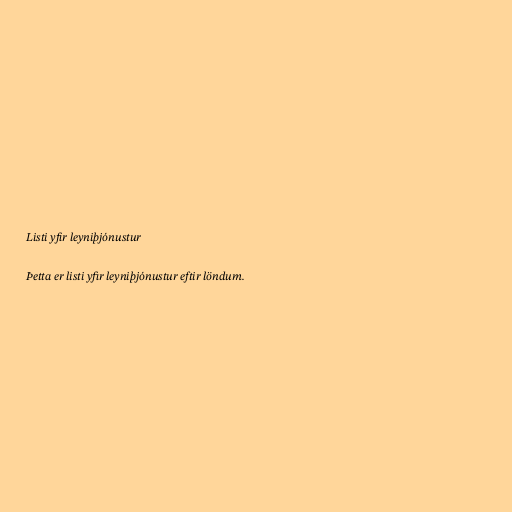
Listi yfir leyniþjónustur

Þetta er listi yfir leyniþjónustur eftir löndum.